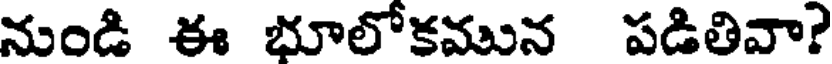
నుండి ఈ భూలోకమున పడితివా?